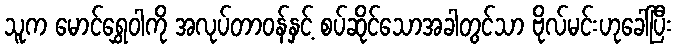
သူက မောင်ရွှေဝါကို အလုပ်တာဝန်နှင့် စပ်ဆိုင်သောအခါတွင်သာ ဗိုလ်မင်းဟုခေါ်ပြီး